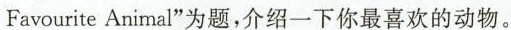
FavouriteAnimal”为题，介绍一下你最喜欢的动物。